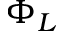
\Phi _ { L }